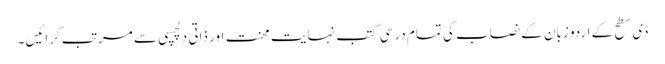
ڈی سطح کے اردو زبان کے نصاب کی تمام درسی کتب نہایت محنت اور ذاتی دلچسپی سے مرتب کرائیں۔